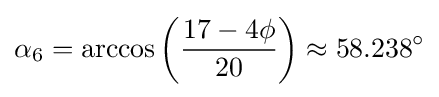
\alpha _{6}=\arccos \left({\frac {17-4\phi }{20}}\right)\approx 58.238^{\circ }